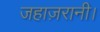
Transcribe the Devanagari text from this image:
जहाज़रानी।